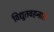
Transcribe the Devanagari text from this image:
विद्युतवहनास